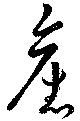
旧